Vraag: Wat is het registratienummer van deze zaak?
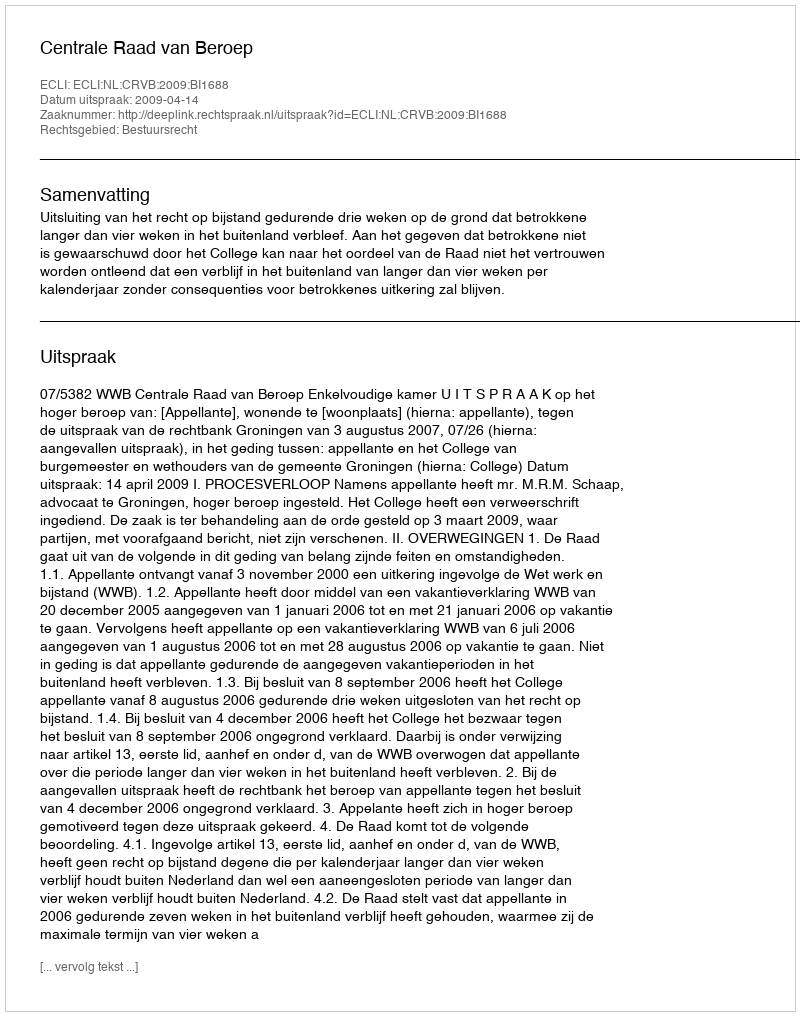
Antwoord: http://deeplink.rechtspraak.nl/uitspraak?id=ECLI:NL:CRVB:2009:BI1688